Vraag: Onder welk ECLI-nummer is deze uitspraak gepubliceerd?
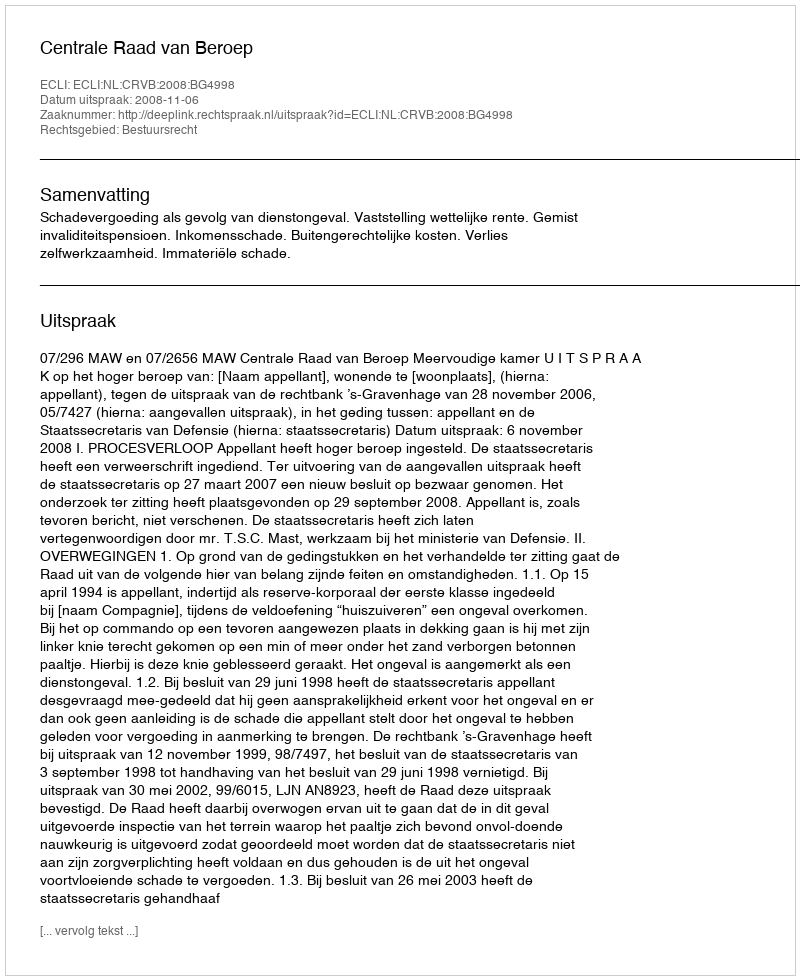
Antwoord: ECLI:NL:CRVB:2008:BG4998